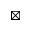
\boxtimes